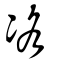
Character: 𠗂